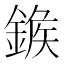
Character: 𨩀